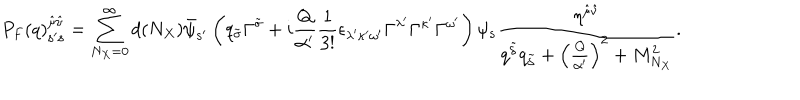
P _ { F } ( q ) _ { { \bf s } ^ { \prime } { \bf s } } ^ { { \hat { \mu } } { \hat { \nu } } } = \sum _ { N _ { X } = 0 } ^ { \infty } d ( N _ { X } ) { \bar { \psi } } _ { { \bf s } ^ { \prime } } \left( q _ { \tilde { \sigma } } \Gamma ^ { \tilde { \sigma } } + i { \frac { Q } { \alpha ^ { \prime } } } { \frac { 1 } { 3 ! } } \epsilon _ { \lambda ^ { \prime } \kappa ^ { \prime } \omega ^ { \prime } } \Gamma ^ { \lambda ^ { \prime } } \Gamma ^ { \kappa ^ { \prime } } \Gamma ^ { \omega ^ { \prime } } \right) \psi _ { \bf s } { \frac { \eta ^ { { \hat { \mu } } { \hat { \nu } } } } { q ^ { \tilde { \delta } } q _ { \tilde { \delta } } + \left( { \frac { Q } { \alpha ^ { \prime } } } \right) ^ { 2 } + M _ { N _ { X } } ^ { 2 } } } .